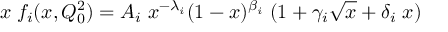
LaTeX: x \; f _ { i } ( x , Q _ { 0 } ^ { 2 } ) = A _ { i } \; x ^ { - \lambda _ { i } } ( 1 - x ) ^ { \beta _ { i } } \; ( 1 + \gamma _ { i } \sqrt { x } + \delta _ { i } \; x )